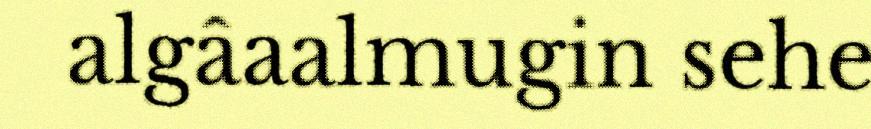
algâaalmugin sehe